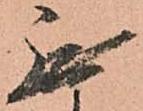
無